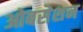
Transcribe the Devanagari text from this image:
ओबसेशन